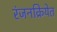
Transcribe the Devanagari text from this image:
रंजनक्रियेत